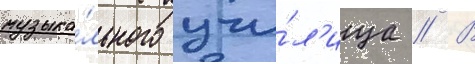
музыка́льного учи́л'ища // В